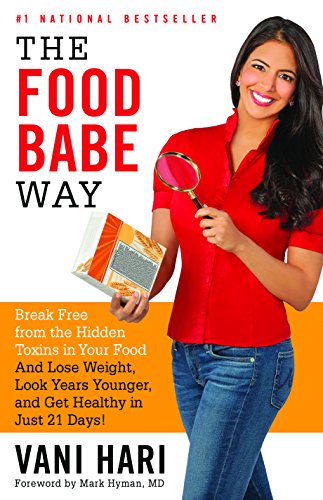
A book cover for The Food Babe Way: Break Free from the Hidden Toxins in Your Food and Lose Weight, Look Years Younger, and Get Healthy in Just 21 Days!; Vani Hari; Health, Fitness & Dieting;